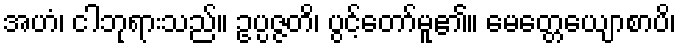
အဟံ၊ ငါဘုရားသည်။ ဥပ္ပဇ္ဇတိ၊ ပွင့်တော်မူ၏။ မေတ္တေယျောစာပိ၊